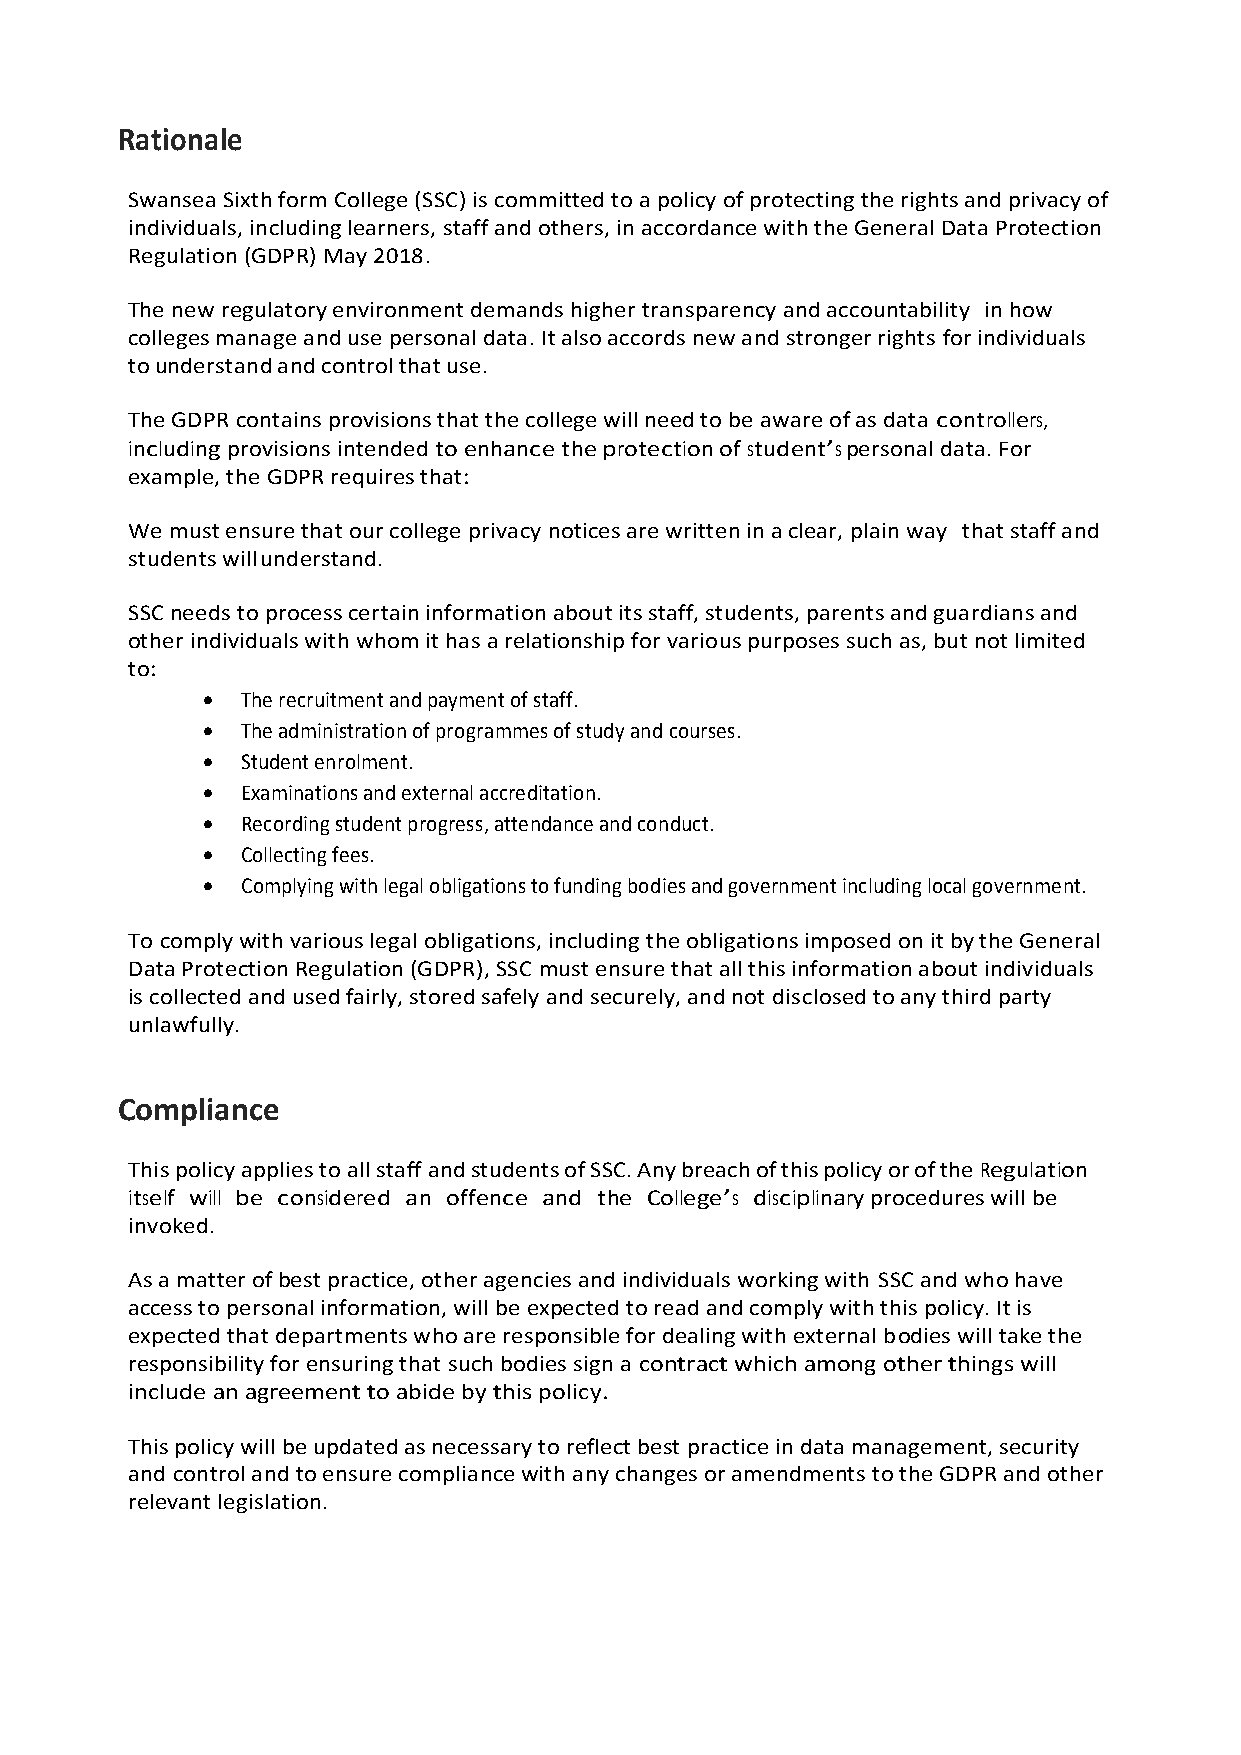
Rationale
 Swansea Sixth form College (SSC) is committed to a policy of protecting the rights and privacy of
 individuals, including learners, staff and others, in accordance with the General Data Protection
 Regulation (GDPR) May 2018.
 The new regulatory environment demands higher transparency and accountability in how
 colleges manage and use personal data. It also accords new and stronger rights for individuals
 to understand and control that use.
 The GDPR contains provisions that the college will need to be aware of as data controllers,
 including provisions intended to enhance the protection of student’s personal data. For
 example, the GDPR requires that:
 We must ensure that our college privacy notices are written in a clear, plain way that staff and
 students will understand.
 SSC needs to process certain information about its staff, students, parents and guardians and
 other individuals with whom it has a relationship for various purposes such as, but not limited
 to:
   The recruitment and payment of staff.
   The administration of programmes of study and courses.
   Student enrolment.
   Examinations and external accreditation.
   Recording student progress, attendance and conduct.
   Collecting fees.
   Complying with legal obligations to funding bodies and government including local government.
 To comply with various legal obligations, including the obligations imposed on it by the General
 Data Protection Regulation (GDPR), SSC must ensure that all this information about individuals
 is collected and used fairly, stored safely and securely, and not disclosed to any third party
 unlawfully.
 Compliance
 This policy applies to all staff and students of SSC. Any breach of this policy or of the Regulation
 itself will be considered an offence and the College’s disciplinary procedures will be
 invoked.
 As a matter of best practice, other agencies and individuals working with SSC and who have
 access to personal information, will be expected to read and comply with this policy. It is
 expected that departments who are responsible for dealing with external bodies will take the
 responsibility for ensuring that such bodies sign a contract which among other things will
 include an agreement to abide by this policy.
 This policy will be updated as necessary to reflect best practice in data management, security
 and control and to ensure compliance with any changes or amendments to the GDPR and other
 relevant legislation.